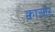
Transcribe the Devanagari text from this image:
क्वाओर